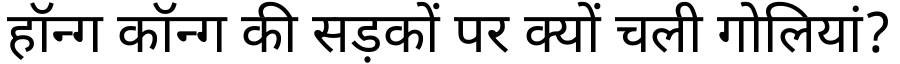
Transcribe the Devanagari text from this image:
हॉन्ग कॉन्ग की सड़कों पर क्यों चली गोलियां?